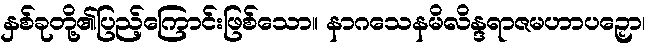
နှစ်ခုတို့၏ပြည့်ကြောင်းဖြစ်သော။ နာဂသေနမိလိန္ဒရာဇမဟာပဉှော၊